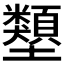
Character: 𡔇